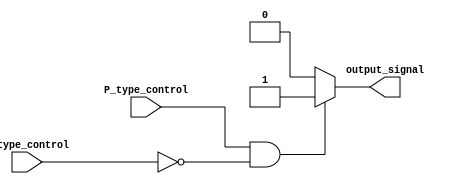
module push_pull_buffer (
    input wire P_type_control,  // control signal for P-type transistors
    input wire N_type_control,  // control signal for N-type transistors
    output reg output_signal    // output signal driven by push-pull buffer
);

always @ (P_type_control or N_type_control)
begin
    if (P_type_control == 1 && N_type_control == 0)   // pull output high using P-type transistors
        output_signal = 1;
    else if (P_type_control == 0 && N_type_control == 1)  // pull output low using N-type transistors
        output_signal = 0;
    else
        output_signal = 0;   // floating state
end

endmodule